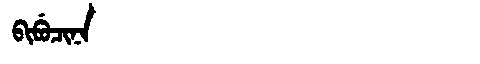
Manchu: ᠪᡳᠪᡠᠴᡳᠨᠠ
Romanization: BIBUCINA